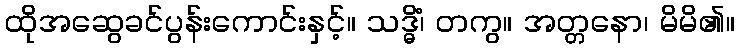
ထိုအဆွေခင်ပွန်းကောင်းနှင့်။ သဒ္ဓိံ၊ တကွ။ အတ္တနော၊ မိမိ၏။